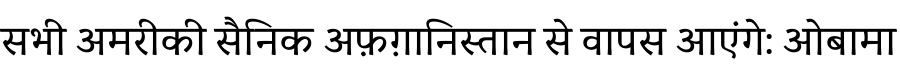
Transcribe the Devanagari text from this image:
सभी अमरीकी सैनिक अफ़ग़ानिस्तान से वापस आएंगे: ओबामा